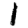
Digit: 1